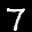
Label: 7